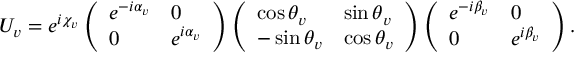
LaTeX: U _ { v } = e ^ { i \chi _ { v } } \left( \begin{array} { l l } { { e ^ { - i \alpha _ { v } } } } & { { 0 } } \\ { { 0 } } & { { e ^ { i \alpha _ { v } } } } \end{array} \right) \left( \begin{array} { l l } { { \cos \theta _ { v } } } & { { \sin \theta _ { v } } } \\ { { - \sin \theta _ { v } } } & { { \cos \theta _ { v } } } \end{array} \right) \left( \begin{array} { l l } { { e ^ { - i \beta _ { v } } } } & { { 0 } } \\ { { 0 } } & { { e ^ { i \beta _ { v } } } } \end{array} \right) .